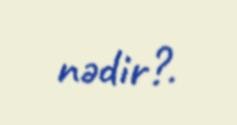
nədir?.